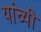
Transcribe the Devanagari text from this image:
यांच्यी